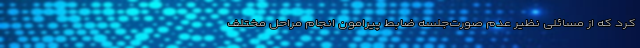
کرد که از مسائلی نظیر عدم صورت‌جلسه ضابط پیرامون انجام مراحل مختلف